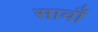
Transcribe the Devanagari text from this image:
सावाँ